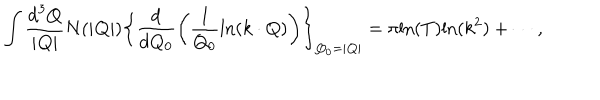
LaTeX: \int \frac { \mathrm { d } ^ { 3 } Q } { | { \bf Q } | } N ( | { \bf Q } | ) \left\{ \frac { \mathrm { d } } { \mathrm { d } Q _ { 0 } } \left( \frac { 1 } { Q _ { 0 } } \mathrm { l n } ( k \cdot Q ) \right) \right\} _ { Q _ { 0 } = | { \bf Q } | } = \pi \mathrm { l n } ( T ) \mathrm { l n } ( k ^ { 2 } ) + \cdots ,